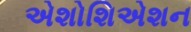
એશોશિએશન